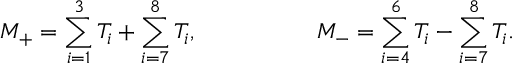
M _ { + } = \sum _ { i = 1 } ^ { 3 } T _ { i } + \sum _ { i = 7 } ^ { 8 } T _ { i } , \quad \quad \quad \quad \quad M _ { - } = \sum _ { i = 4 } ^ { 6 } T _ { i } - \sum _ { i = 7 } ^ { 8 } T _ { i } .